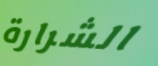
الشرارة